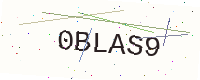
Text: 0BLAS9